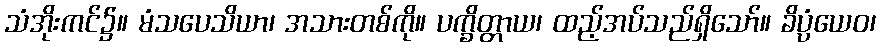
သံအိုးကင်၌။ မံသပေသိယာ၊ အသားတစ်ကို။ ပက္ခိတ္တာယ၊ ထည့်အပ်သည်ရှိသော်။ ခိပ္ပံယေဝ၊